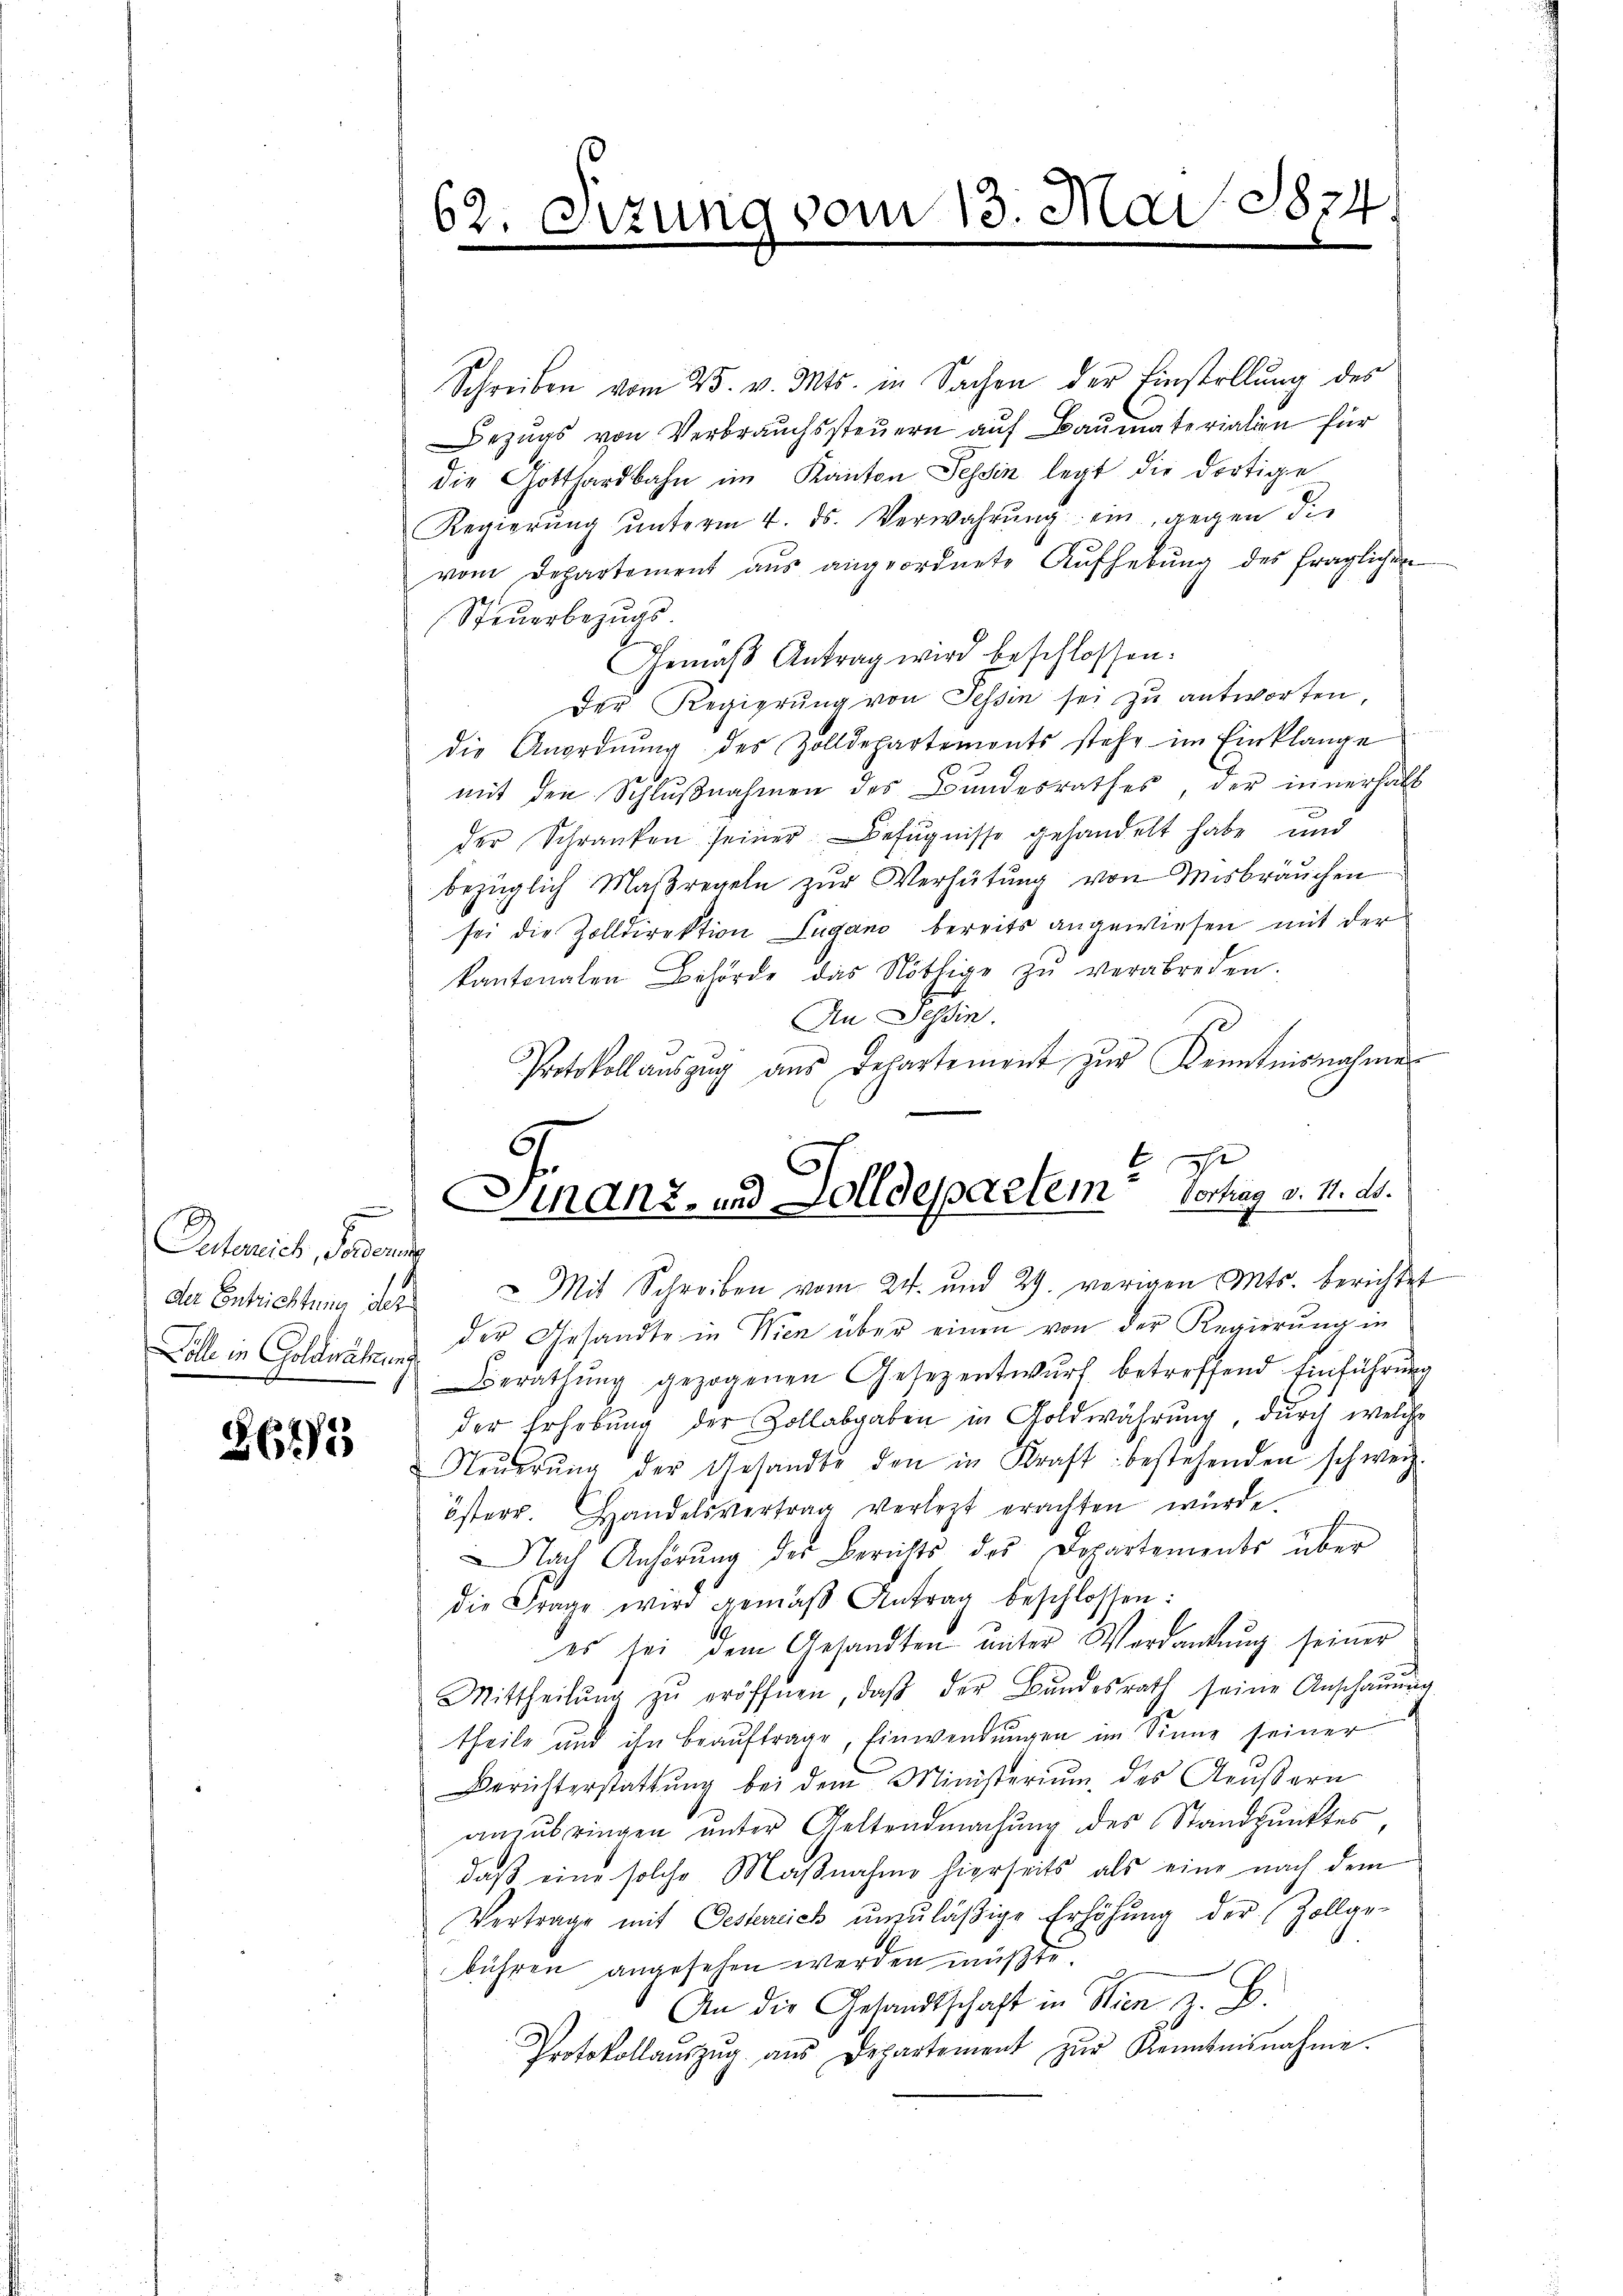
Aidemich, denenden
der Entrichtung der

261/2

62. Sitzung vom 13. Mai 1874.

Schreiben vom 25. v. Mts. in Sachen der Einstellung des
Bezŭgs von Verbrauchssteŭern auf Baumaterialien für
die Gotthardbahn im Kanton Tessin legt die dortige
Regierŭng ŭnterm 4. ds. Verwahrŭng ein, gegen die
vom Departement aus angeordnete Aufhebung des fraglichen
Steuerbezugs
Gemäß Antrag wird beschlossen.
Der Regierung von Tessin sei zu antworten,
die Anordnung des Zolldepartements stehe im Einklange
p
mit den Schlŭβnahmen des Bŭndesrathes der innerhalt
der Schranken seiner Befugnisse gehandelt habe und
bezüglich Maßregeln zŭr Verhütŭng von Misbräuchen
sei die Zolldirektion Lugano bereits angewiesen mit der
kantonalen Behörde das Nöthige zŭ verabreden.
An Tessin.
Protokollauszug aus Departement zŭr Kenntnisnahme

1
Finanz- und Solldepartem Vortrag v. 11. ds.

Mit Schreiben vom 24. und 29. vorigen Mts. berichtet
Dolle in Goldwähren der Gesandte in Wien über einen von der Regierung in
Berathŭng gezogenen Gesezentwŭrf betreffend Einführung
der Erhebŭng der Zollabgaben in Goldwährŭng dŭrch welche
Neŭerŭng der Gesandte den in Kraft bestehenden schweiz.
österr. Handelsvertrag verlegt erachten würde.
NNach Anhörung der Berichts des Departements über
die Frage wird gemäβ Antrag beschlossen:
es sei dem Gesandten unter Verdankŭng seiner
Mittheilŭng zŭ eröffnen, daβ der Bundesrath seine Anschaŭŭng
theile und ihn beaŭftrage, Einwendŭngen im Sinne seiner
Berichterstattŭng bei dem Ministerium des Aeußern
anzubringen unter Geltendmachung des Standpunktes
daß eine solche Maßnahme hierseits als eine nach dem
Vertrage mit Oesterrich unzuläßige Erhöhung der Zollge-
bühren angesehen werden müßte.
An die Gesandtschaft in Wien z. B.
Protokollaŭszŭg aŭs Departement zŭr Kenntnisnahme.